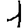
Digit: 1